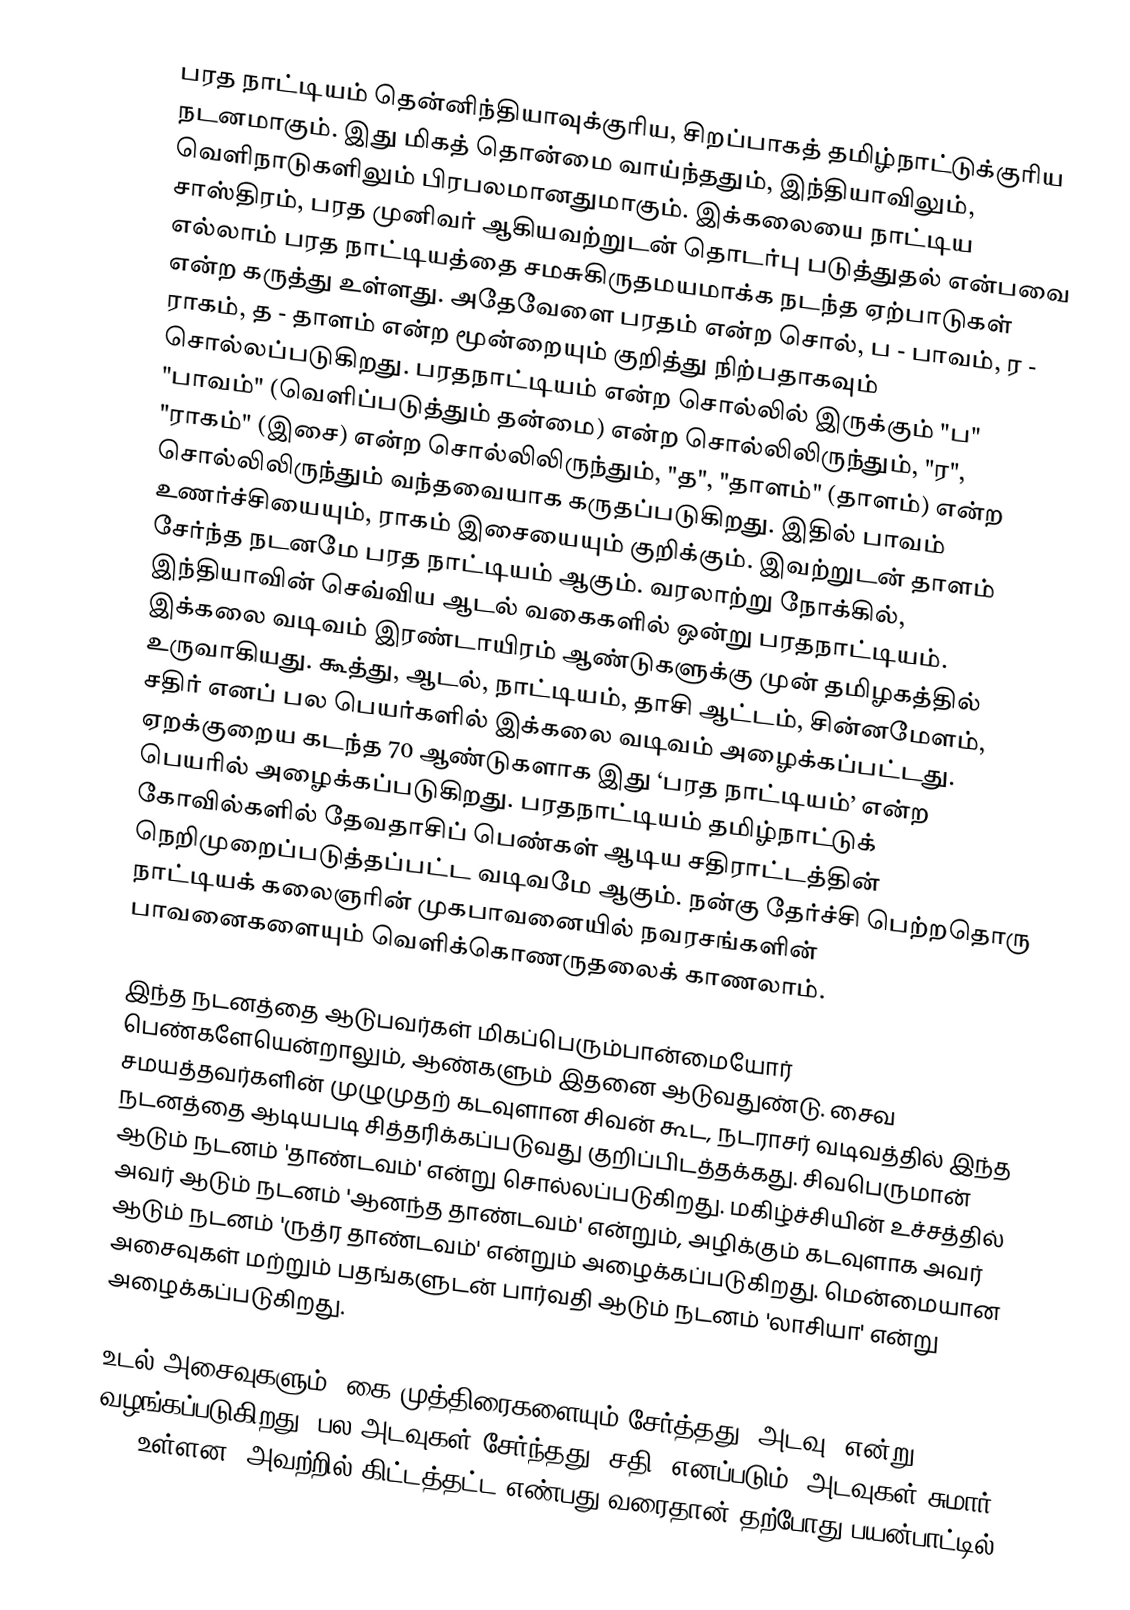
பரத நாட்டியம் தென்னிந்தியாவுக்குரிய, சிறப்பாகத் தமிழ்நாட்டுக்குரிய நடனமாகும். இது மிகத் தொன்மை வாய்ந்ததும், இந்தியாவிலும், வெளிநாடுகளிலும் பிரபலமானதுமாகும். இக்கலையை நாட்டிய சாஸ்திரம், பரத முனிவர் ஆகியவற்றுடன் தொடர்பு படுத்துதல் என்பவை எல்லாம் பரத நாட்டியத்தை சமசுகிருதமயமாக்க நடந்த ஏற்பாடுகள் என்ற கருத்து உள்ளது. அதேவேளை பரதம் என்ற சொல், ப - பாவம், ர - ராகம், த - தாளம் என்ற மூன்றையும் குறித்து நிற்பதாகவும் சொல்லப்படுகிறது. பரதநாட்டியம் என்ற சொல்லில் இருக்கும் "ப" "பாவம்" (வெளிப்படுத்தும் தன்மை) என்ற சொல்லிலிருந்தும், "ர", "ராகம்" (இசை) என்ற சொல்லிலிருந்தும், "த", "தாளம்" (தாளம்) என்ற சொல்லிலிருந்தும் வந்தவையாக கருதப்படுகிறது. இதில் பாவம் உணர்ச்சியையும், ராகம் இசையையும் குறிக்கும். இவற்றுடன் தாளம் சேர்ந்த நடனமே பரத நாட்டியம் ஆகும். வரலாற்று நோக்கில், இந்தியாவின் செவ்விய ஆடல் வகைகளில் ஒன்று பரதநாட்டியம். இக்கலை வடிவம் இரண்டாயிரம் ஆண்டுகளுக்கு முன் தமிழகத்தில் உருவாகியது. கூத்து, ஆடல், நாட்டியம், தாசி ஆட்டம், சின்னமேளம், சதிர் எனப் பல பெயர்களில் இக்கலை வடிவம் அழைக்கப்பட்டது. ஏறக்குறைய கடந்த 70 ஆண்டுகளாக இது ‘பரத நாட்டியம்’ என்ற பெயரில் அழைக்கப்படுகிறது. பரதநாட்டியம் தமிழ்நாட்டுக் கோவில்களில் தேவதாசிப் பெண்கள் ஆடிய சதிராட்டத்தின் நெறிமுறைப்படுத்தப்பட்ட வடிவமே ஆகும். நன்கு தேர்ச்சி பெற்றதொரு நாட்டியக் கலைஞரின் முகபாவனையில் நவரசங்களின் பாவனைகளையும் வெளிக்கொணருதலைக் காணலாம்.

இந்த நடனத்தை ஆடுபவர்கள் மிகப்பெரும்பான்மையோர் பெண்களேயென்றாலும், ஆண்களும் இதனை ஆடுவதுண்டு. சைவ சமயத்தவர்களின் முழுமுதற் கடவுளான சிவன் கூட, நடராசர் வடிவத்தில் இந்த நடனத்தை ஆடியபடி சித்தரிக்கப்படுவது குறிப்பிடத்தக்கது. சிவபெருமான் ஆடும் நடனம் 'தாண்டவம்' என்று சொல்லப்படுகிறது. மகிழ்ச்சியின் உச்சத்தில் அவர் ஆடும் நடனம் 'ஆனந்த தாண்டவம்' என்றும், அழிக்கும் கடவுளாக அவர் ஆடும் நடனம் 'ருத்ர தாண்டவம்' என்றும் அழைக்கப்படுகிறது. மென்மையான அசைவுகள் மற்றும் பதங்களுடன் பார்வதி ஆடும் நடனம் 'லாசியா' என்று அழைக்கப்படுகிறது.

உடல் அசைவுகளும், கை முத்திரைகளையும் சேர்த்தது 'அடவு' என்று வழங்கப்படுகிறது. பல அடவுகள் சேர்ந்தது 'சதி' எனப்படும். அடவுகள் சுமார் 120 உள்ளன. அவற்றில் கிட்டத்தட்ட எண்பது வரைதான் தற்போது பயன்பாட்டில்